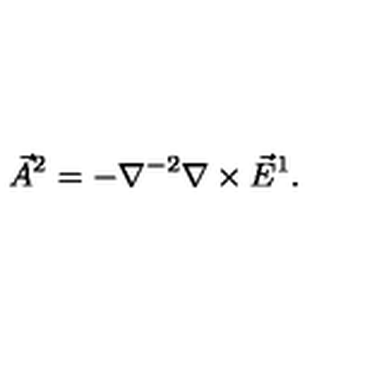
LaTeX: \vec { A } ^ { 2 } = - \nabla ^ { - 2 } \nabla \times \vec { E } ^ { 1 } .